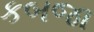
કબજા